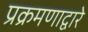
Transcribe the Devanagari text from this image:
प्रक्रमणाद्वारे